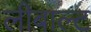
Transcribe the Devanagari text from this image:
लीबाल्ट